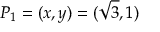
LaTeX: P _ { 1 } = ( x , y ) = ( { \sqrt { 3 } } , 1 )